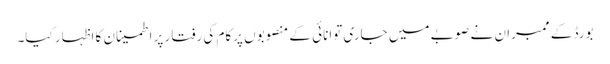
بورڈ کے ممبران نے صوبے میں جاری توانائی کے منصوبوں پرکام کی رفتار پر اطمینان کا اظہار کیا۔